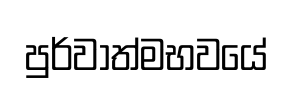
පුර්වාත්මභවයේ